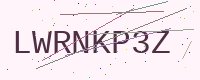
Text: LWRNKP3Z